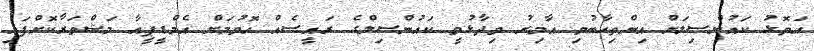
އަތޮޅު ކައުންސިލަށް އިންތިހާބުވި އާމިރު ވިދާޅުވީ ކައުންސިލްގެ ރައީސެއް ހޮވުމަށް އެމްޑީޕީއާ މަޝްވަރާކޮށްފައި